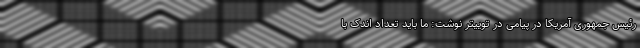
رئیس جمهوری آمریکا در پیامی در توییتر نوشت: ما باید تعداد اندک با